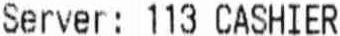
SERVER: 113 CASHIER